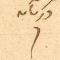
دريان